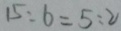
1 5 : 6 = 5 : 2